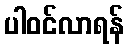
ပါဝင်လာရန်